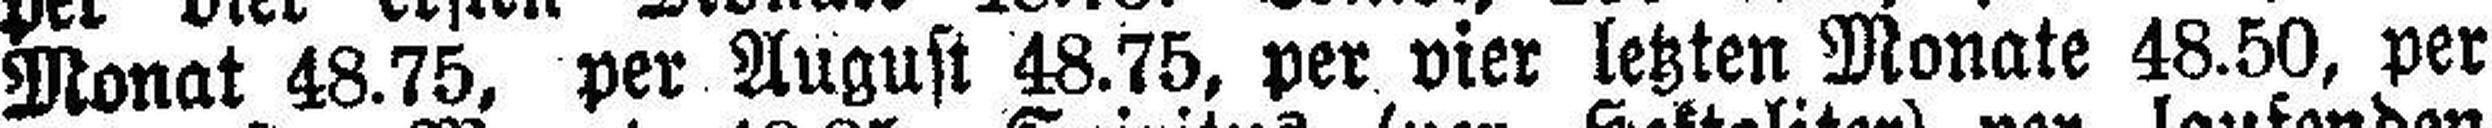
Monat 48.75, per August 48.75, per vier letzten Monate 48.50, per